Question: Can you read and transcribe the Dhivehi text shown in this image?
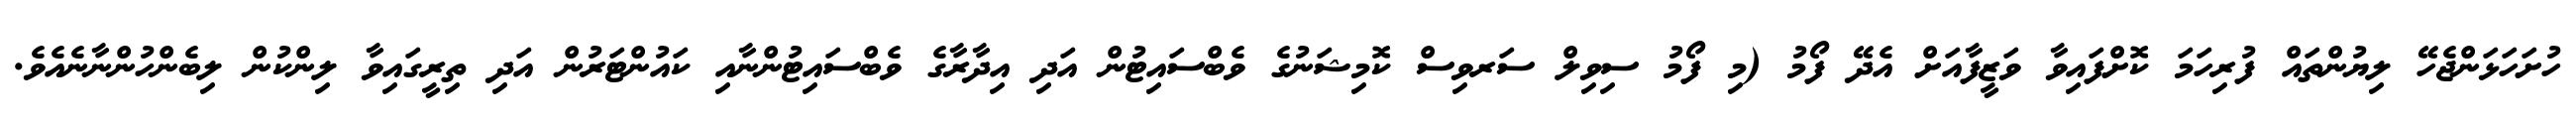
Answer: ހުށަހަޅަންޖެހޭ ލިޔުންތައް ފުރިހަމަ ކޮށްފައިވާ ވަޒީފާއަށް އެދޭ ފޯމު (މި ފޯމު ސިވިލް ސަރވިސް ކޮމިޝަނުގެ ވެބްސައިޓުން އަދި އިދާރާގެ ވެބްސައިޓުންނާއި ކައުންޓަރުން އަދި ތިރީގައިވާ ލިންކުން ލިބެންހުންނާނެއެވެ.